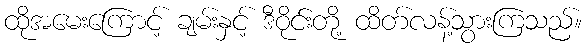
ထိုအမေးကြောင့် ချမ်းနှင့် ဒီဝိုင်းတို့ ထိတ်လန့်သွားကြသည်။